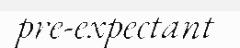
pre-expectant